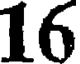
16